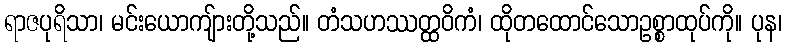
ရာဇပုရိသာ၊ မင်းယောကျ်ားတို့သည်။ တံသဟဿတ္ထဝိကံ၊ ထိုတထောင်သောဥစ္စာထုပ်ကို။ ပုန၊